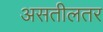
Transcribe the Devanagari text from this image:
असतीलतर